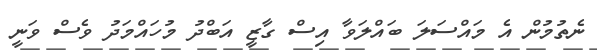
ނެތުމުން އެ މައްސަލަ ބައްލަވާ އިސް ގާޒީ އަބްދު މުހައްމަދު ވެސް ވަނީ